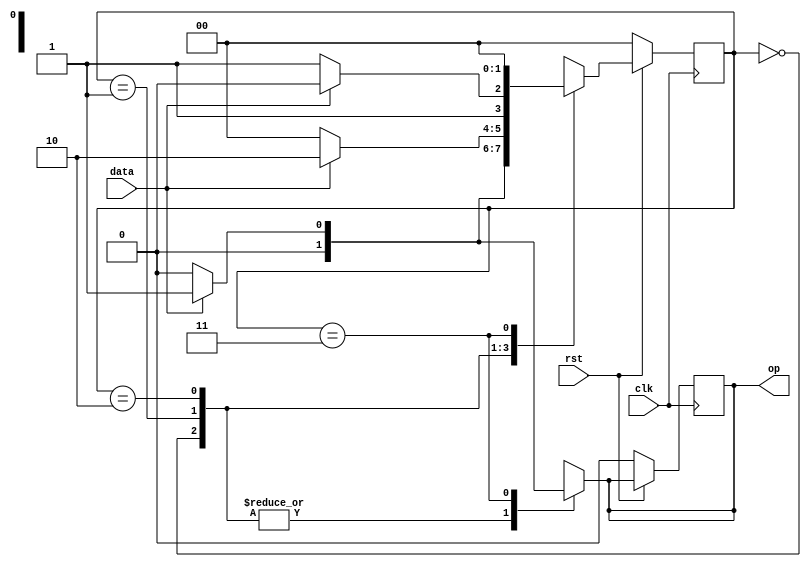
`timescale 1ns / 1ps
module melay_non_overlapping(
    input data,
    input clk,
    input rst,
    output reg op
    );
    reg [1:0]ps,ns; 
    parameter [1:0]s0=2'b00; 
    parameter [1:0]s1=2'b01;
    parameter [1:0]s2=2'b10; 
    parameter [1:0]s3=2'b11; 
    always@(posedge clk) 
    begin  
        if(!rst) 
        begin 
            ps<=s0; 
            op<=0;
        end
        else 
            ps<=ns;
     end
     always@(*) 
     begin 
        case(ps)
        s0: begin 
                if(!data) 
                begin 
                    ns=s0; 
                    op=1'b0;
                end
                else 
                begin 
                    ns=s1;
                    op=1'b0;
                end
            end
         s1: begin 
                if(!data) 
                begin 
                    ns=s0; 
                    op=1'b0;
                end
                else 
                begin 
                    ns=s2;
                    op=1'b0;
                end
            end
         s2: begin 
                if(!data) 
                begin 
                    ns=s3; 
                    op=1'b0;
                end
                else 
                begin 
                    ns=s2;
                    op=1'b0;
                end
            end
          s3: begin 
                if(!data) 
                begin 
                    ns=s0; 
                    op=1'b0;
                end
                else 
                begin 
                    ns=s0;
                    op=1'b1;
                end
            end
           default:begin 
                    ns=s0; op=1'b0;
                   end
        endcase
     end
endmodule